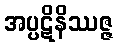
အပ္ပဋိနိဿဇ္ဇ